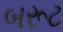
બરૂટ